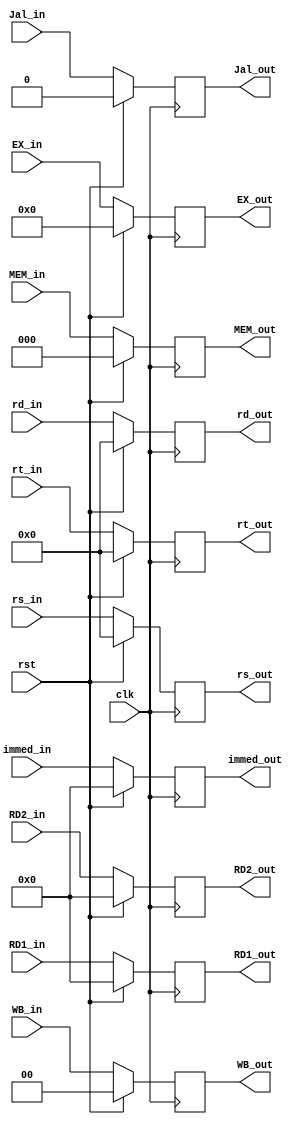
module ID_EX ( clk, rst, WB_out, MEM_out, EX_out, RD1_out, RD2_out, immed_out, rt_out, rd_out, rs_out, Jal_in,
						 WB_in,  MEM_in,  EX_in,  RD1_in,  RD2_in,  immed_in,  rt_in,  rd_in , rs_in, Jal_out );
    input clk, rst, Jal_in;
	input [1:0]  WB_in;
	input [2:0]  MEM_in;
	input [3:0]  EX_in;
	input [4:0]	 rt_in, rd_in,rs_in;
    input [31:0] RD1_in, RD2_in, immed_in ;
	
	output 		  Jal_out;
	output [1:0]  WB_out;
	output [2:0]  MEM_out;
	output [3:0]  EX_out;
	output [4:0]  rt_out, rd_out,rs_out;
    output [31:0] RD1_out, RD2_out, immed_out;
	
	reg 		Jal_out ;
	reg	  [1:0]  WB_out;
	reg   [2:0]  MEM_out;
	reg   [3:0]  EX_out;
	reg   [4:0]  rt_out, rd_out,rs_out;
    reg   [31:0] RD1_out, RD2_out, immed_out;
   
    always @( posedge clk ) begin
        if ( rst ) begin
		WB_out    <= 2'b0;
		MEM_out   <= 3'b0;
		EX_out	  <= 4'b0;
		RD1_out   <= 32'b0;
		RD2_out   <= 32'b0; 
		immed_out <= 32'b0; 
		Jal_out   <= 1'b0 ;
		rt_out    <= 5'b0; 
		rd_out    <= 5'b0;
		rs_out    <= 5'b0;
	end
        else begin
		WB_out    <=  WB_in;
		MEM_out   <=  MEM_in;
		EX_out	  <=  EX_in;
		RD1_out   <=  RD1_in;
		RD2_out   <=  RD2_in; 
		immed_out <=  immed_in; 
		rt_out    <=  rt_in; 
		rd_out    <=  rd_in;
		rs_out    <=  rs_in;
		Jal_out   <=  Jal_in ;
	end
    end
endmodule